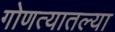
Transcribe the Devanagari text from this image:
गोणत्यातल्या